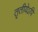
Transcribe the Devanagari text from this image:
तृतीयेऽपि